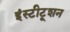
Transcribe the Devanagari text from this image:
इंस्टीटूशन